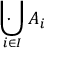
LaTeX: \ \cdot \! \! \! \! \! \bigcup _ { i \in I } A _ { i }